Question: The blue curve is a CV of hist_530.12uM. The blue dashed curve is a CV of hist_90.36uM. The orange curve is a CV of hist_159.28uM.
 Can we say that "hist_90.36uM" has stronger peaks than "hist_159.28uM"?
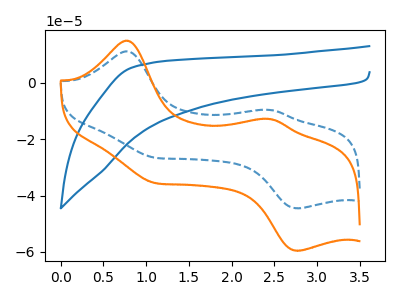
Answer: <think>The blue curve "hist_530.12uM" has no peaks. The blue dashed curve "hist_90.36uM" has anodic peaks at (0.80V, 11.20uA) (2.45V, -9.60uA) and cathodic peaks at (1.10V, -26.50uA) (2.75V, -44.55uA). The orange curve "hist_159.28uM" has anodic peaks at (0.80V, 14.95uA) (2.45V, -12.80uA) and cathodic peaks at (1.10V, -35.45uA) (2.75V, -59.60uA).</think>
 <answer>The peaks in "hist_90.36uM" are neither all higher or all lower than the peaks in "hist_159.28uM".</answer>
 <eval>mixed</eval>